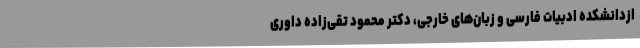
ازدانشکده ادبیات فارسی و زبان‌های خارجی، دکتر محمود تقی‌زاده داوری